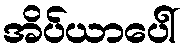
အိပ်ယာပေါ်